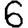
Digit: 6